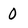
Character: O